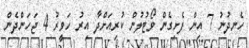
ހެނދުނު 7 އިން ފެށިގެން ވޯޓުލުން ކުރިއަށްދާ އިރު ހަވީރު 4 ޖަހަންދެން